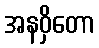
အနဝှိတော